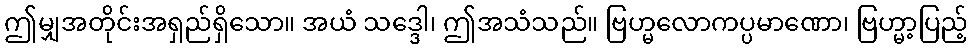
ဤမျှအတိုင်းအရှည်ရှိသော။ အယံ သဒ္ဒေါ၊ ဤအသံသည်။ ဗြဟ္မလောကပ္ပမာဏော၊ ဗြဟ္မာ့ပြည့်